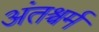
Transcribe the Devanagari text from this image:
अंतश्चर्म